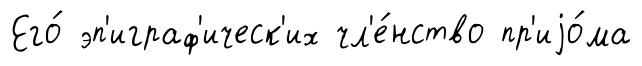
Его́ эп'играф'ическ'их чл'е́нство пр'иjо́ма